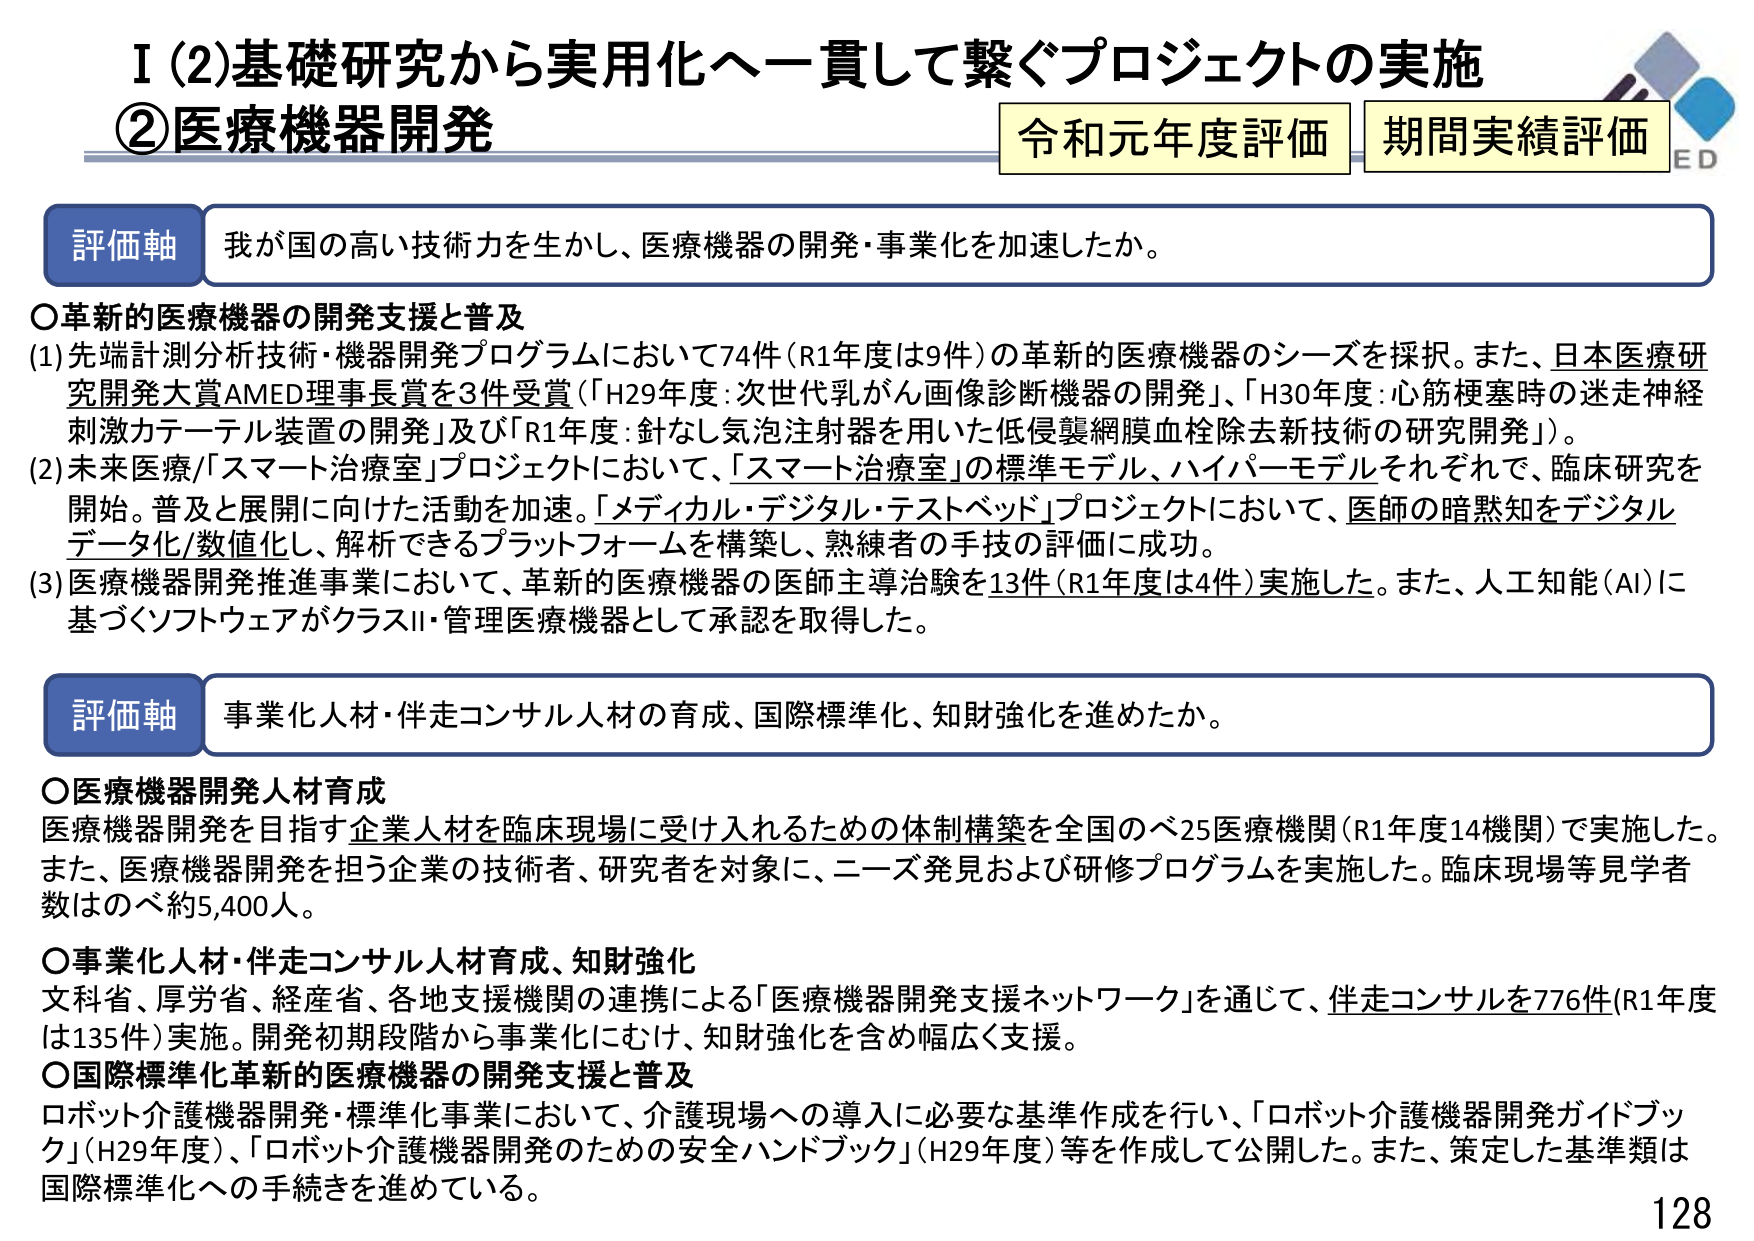
I (2) 基礎研究から実用化へ一貫して繋ぐプロジェクトの実施
② 医療機器開発
令和元年度評価 期間実績評価
ED

評価軸 我が国の高い技術力を生かし、医療機器の開発・事業化を加速したか。

○ 革新的医療機器の開発支援と普及
(1) 先端計測分析技術・機器開発プログラムにおいて74件（R1年度は9件）の革新的医療機器のシーズを採択。また、日本医療研究開発大賞AMED理事長賞を3件受賞（「H29年度：次世代乳がん画像診断機器の開発」、「H30年度：心筋梗塞時の迷走神経刺激カテーテル装置の開発」及び「R1年度：針なし気泡注射器を用いた低侵襲網膜血栓除去新技術の研究開発」）。
(2) 未来医療/「スマート治療室」プロジェクトにおいて、「スマート治療室」の標準モデル、ハイパーモデルそれぞれで、臨床研究を開始。普及と展開に向けた活動を加速。「メディカル・デジタル・テストベッド」プロジェクトにおいて、医師の暗黙知をデジタルデータ化/数値化し、解析できるプラットフォームを構築し、熟練者の手技の評価に成功。
(3) 医療機器開発推進事業において、革新的医療機器の医師主導治験を13件（R1年度は4件）実施した。また、人工知能（AI）に基づくソフトウェアがクラスII・管理医療機器として承認を取得した。

評価軸 事業化人材・伴走コンサル人材の育成、国際標準化、知財強化を進めたか。

○ 医療機器開発人材育成
医療機器開発を目指す企業人材を臨床現場に受け入れるための体制構築を全国のべ25医療機関（R1年度14機関）で実施した。また、医療機器開発を担う企業の技術者、研究者を対象に、ニーズ発見および研修プログラムを実施した。臨床現場等見学者数はのべ約5,400人。

○ 事業化人材・伴走コンサル人材育成、知財強化
文科省、厚労省、経産省、各地支援機関の連携による「医療機器開発支援ネットワーク」を通じて、伴走コンサルを776件（R1年度は135件）実施。開発初期段階から事業化にむけ、知財強化を含め幅広く支援。

○ 国際標準化革新的医療機器の開発支援と普及
ロボット介護機器開発・標準化事業において、介護現場への導入に必要な基準作成を行い、「ロボット介護機器開発ガイドブック」（H29年度）、「ロボット介護機器開発のための安全ハンドブック」（H29年度）等を作成して公開した。また、策定した基準類は国際標準化への手続きを進めている。

128